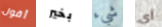
أقول بخير شيء أي